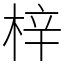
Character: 梓